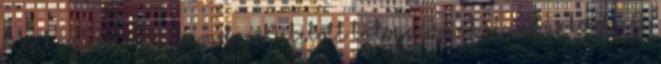
Néphagyomány és vadon Délelőtt látogassunk el a Sárközbe. A